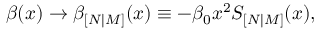
\beta ( x ) \rightarrow \beta _ { [ N | M ] } ( x ) \equiv - \beta _ { 0 } x ^ { 2 } S _ { [ N | M ] } ( x ) ,